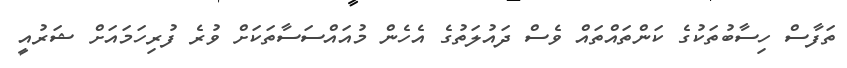
ތަފާސް ހިސާބުތަކުގެ ކަންތައްތައް ވެސް ދައުލަތުގެ އެހެން މުއައްސަސާތަކަށް ވުރެ ފުރިހަމައަށް ޝަރުއީ